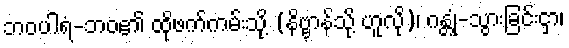
ဘဝပါရံ-ဘဝ၏ ထိုဖက်ကမ်းသို့ (နိဗ္ဗာန်သို့ ဟူလို)၊ ဂန္တုံ-သွားခြင်းငှာ၊